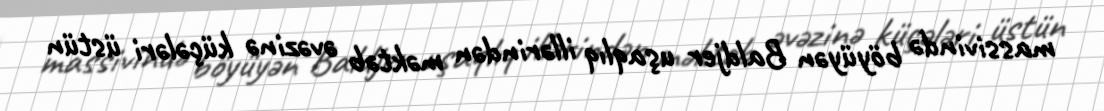
massivində böyüyən Baldjer uşaqlıq illərindən məktəb əvəzinə küçələri üstün